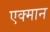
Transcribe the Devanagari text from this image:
एक्मान